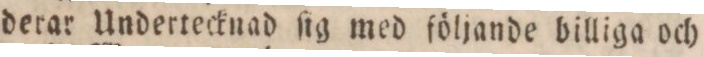
derar Undertecknad ſig med följande billiga och